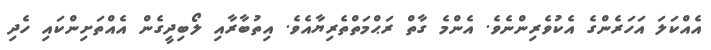
އެއްކަލަ އަހަރެންގެ އެކުވެރިންނެވެ. އެންމެ ގާތް ރަޙްމަތްތެރިޔާއެވެ. އިތުބާރާއި ލޯބިދީގެން އެއްތަށިންކައި ހެދި